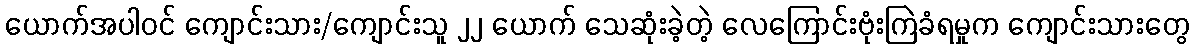
ယောက်အပါဝင် ကျောင်းသား/ကျောင်းသူ ၂၂ ယောက် သေဆုံးခဲ့တဲ့ လေကြောင်းဗုံးကြဲခံရမှုက ကျောင်းသားတွေ